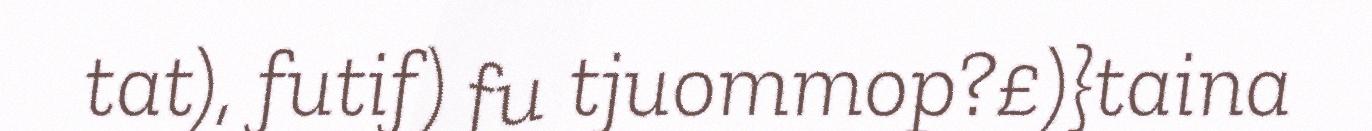
tat), futif) fu tjuommop?£)}taina